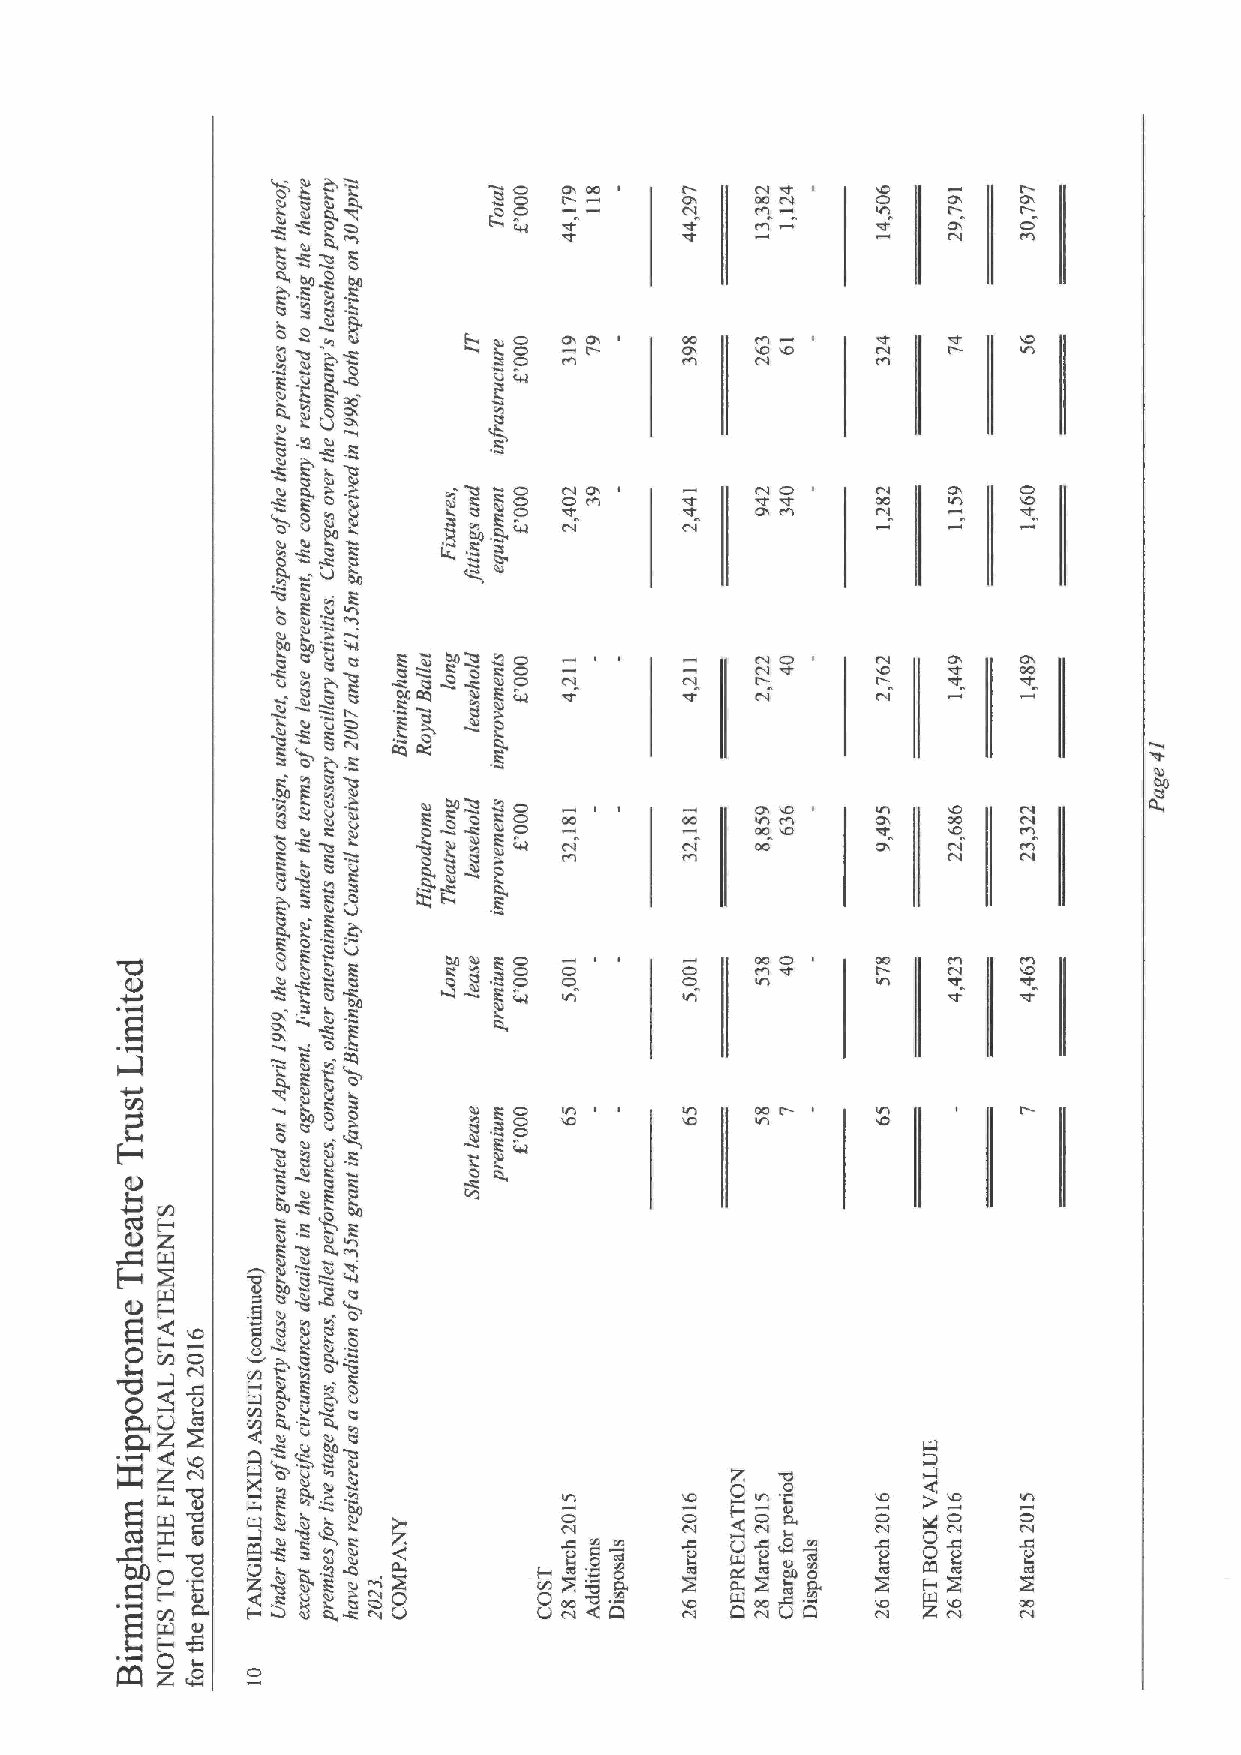
~o L L          O O             00               0
 4            0 O
 0~           )t                               CI
 0
 ~
 00 00
 Cl
 L 0 0
 D
 0xI O
 O
 CC
 5
 Cl,
 0 0)
 CI
 L
 Cl
 )
 ' 0ll
 Cl
 ~ I""t 00 C ~O
 C  O C0         0
 O
 00
 00CL 0 CV
 0              0
 L0
 00
 0
 C! t IIl
 I
 C -0
 m0.
 h  0    E 0 ~ 0~                00 O    00
 CIO
 C
 0000   )                CV      CV
 tl    g    Cl 0
 O
 00 00
 00& ~O
 II       000 CO                            00
 tt tl          'Fll "D                           CV
 0                                            0t
 0  Cl 0                            C0
 0
 il
 g
 CI" P.
 0          00'4 PC
 3CI                  0 8 0 0 D D CI  C CI I
 Fl          K 0t        ICI
 h,
 g         0
 ~0
 Cl,
 0       '0 PO
 2                        0 O
 0    L0      Q
 ~I llI
 III g ll     I0 L
 X       00   p tl0
 0
 E~-
 ~0
 o ~~g    C8 0 9 0
 gC      00 't  0
 o
 00 L L
 00 Cl,
 U
 00 CC
 A ttt ~0 Cl L,                  z
 I0  ICI
 ztz8                         CI      C            O  g O   O
 ~ ~ L0                          CV           C04 0t
 gt                     C     0               QQ
 MO.  O  Z 0    )
 O
 QC on ~g &~'0O 'a0
 0I
 OI
 II h,
 4z8
 Q